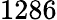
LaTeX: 1286